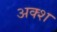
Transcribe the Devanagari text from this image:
अक्श